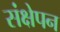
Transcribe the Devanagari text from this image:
संक्षेपन